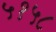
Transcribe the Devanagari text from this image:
५१५८